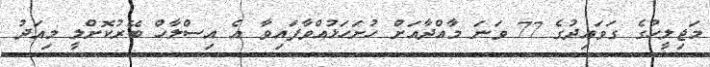
މަޖިލީހުގެ ގަވައިދުގެ 77 ވަނަ މާއްދާއަށް ހުށަހަޅުއްވާފައިވާ އެ އިސްލާހް ބޭރުކޮށްލީ މިއަދު